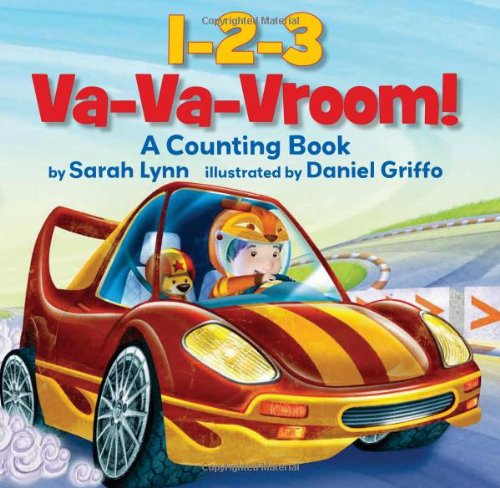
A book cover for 1-2-3 Va-Va-Vroom!; Sarah Lynn; Children's Books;